Scottish Leaving Certificate Examination, 1957
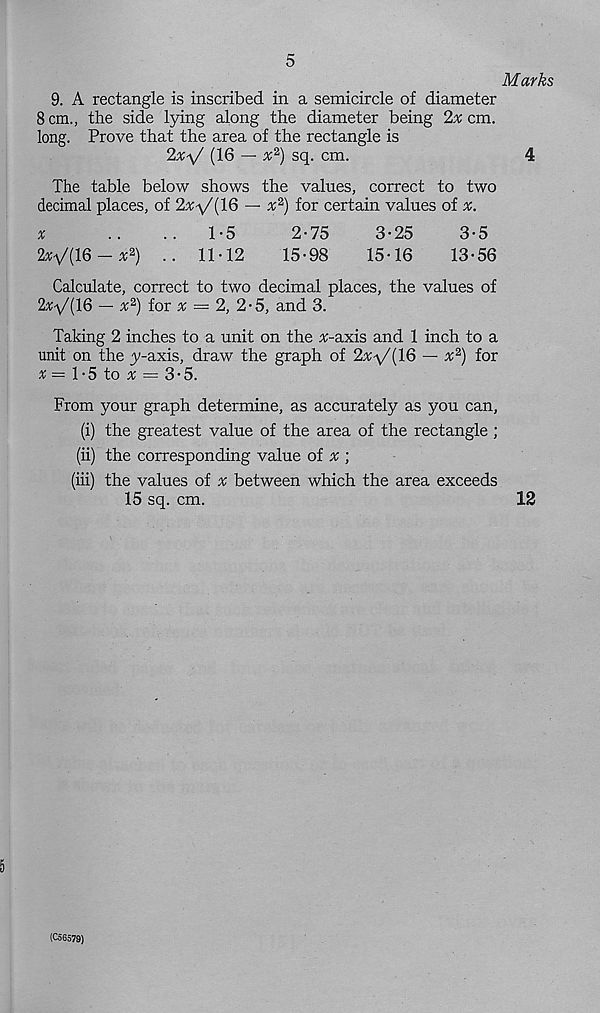
5
Marks
9. A rectangle is inscribed in a semicircle of diameter
8 cm., the side lying along the diameter being 2x cm.
long. Prove that the area of the rectangle is
2#v' (16 — x 2 ) sq. cm.
4
The table below shows the values, correct to two
decimal places, of 2v-a/(16 — v 2 ) for certain values of x.
x
..
..1-5
2-75
3-25
3-5
2*V(16-* 2 ) .. 11-12
15-98
15-16
13-56
Calculate, correct to two decimal places, the values of
2^y/(16 — x?) for ^ — 2, 2-5, and 3.
Taking 2 inches to a unit on the #-axis and 1 inch to a
unit on the y-axis, draw the graph of 2x\/(16 — x 2 ) for
x = \-S to x — 3'5.
From your graph determine, as accurately as you can,
(i) the greatest value of the area of the rectangle ;
(ii) the corresponding value of x ;
(iii) the values of v between which the area exceeds
15 sq. cm.
12